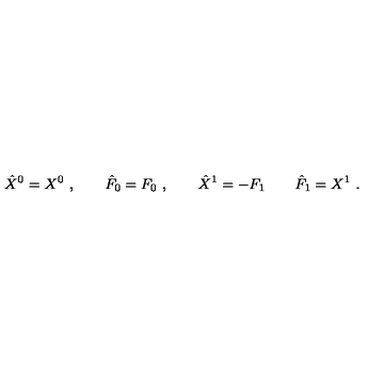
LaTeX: \hat { X } ^ { 0 } = X ^ { 0 } \ , \qquad \hat { F } _ { 0 } = F _ { 0 } \ , \qquad \hat { X } ^ { 1 } = - F _ { 1 } \qquad \hat { F } _ { 1 } = X ^ { 1 } \ .